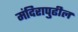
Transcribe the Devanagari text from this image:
मंदिरापुढील